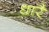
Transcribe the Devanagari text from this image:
धारै